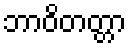
ဘာဝိတတ္တာ